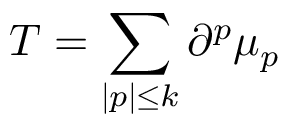
T = \sum _ { | p | \leq k } \partial ^ { p } \mu _ { p }